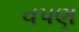
વપણ